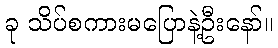
ခု သိပ်စကားမပြောနဲ့ဦးနော်။